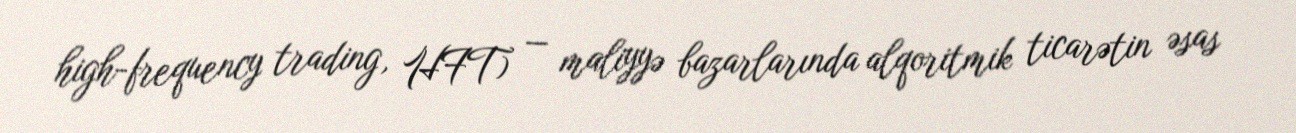
high-frequency trading, HFT) — maliyyə bazarlarında alqoritmik ticarətin əsas